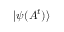
| \psi ( A ^ { t } ) \rangle